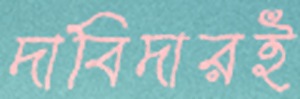
দাবিদারই